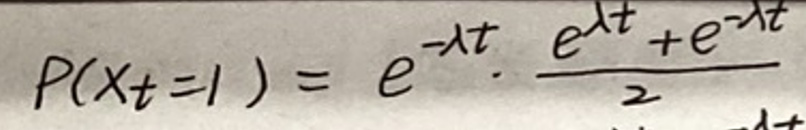
$P(X_t = 1)=e^{-\lambda t}\cdot\frac{e^{\lambda t}+e^{-\lambda t}}{2}$